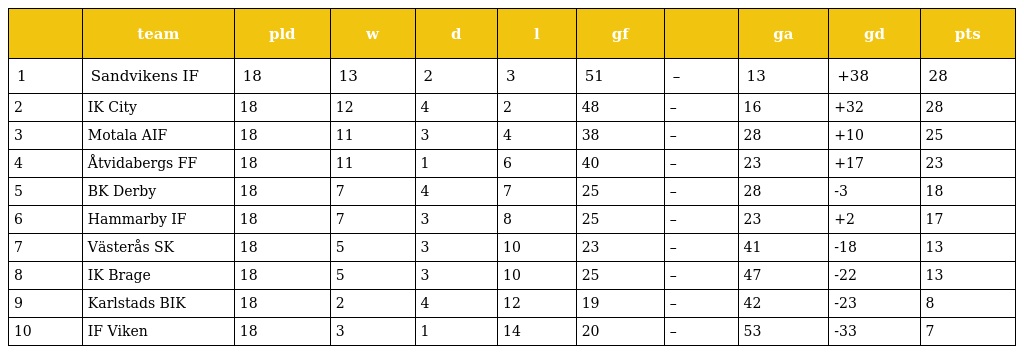
|  | team | pld | w | d | l | gf |  | ga | gd | pts |
 | --- | --- | --- | --- | --- | --- | --- | --- | --- | --- | --- |
 | 1 | Sandvikens IF | 18 | 13 | 2 | 3 | 51 | – | 13 | +38 | 28 |
 | 2 | IK City | 18 | 12 | 4 | 2 | 48 | – | 16 | +32 | 28 |
 | 3 | Motala AIF | 18 | 11 | 3 | 4 | 38 | – | 28 | +10 | 25 |
 | 4 | Åtvidabergs FF | 18 | 11 | 1 | 6 | 40 | – | 23 | +17 | 23 |
 | 5 | BK Derby | 18 | 7 | 4 | 7 | 25 | – | 28 | -3 | 18 |
 | 6 | Hammarby IF | 18 | 7 | 3 | 8 | 25 | – | 23 | +2 | 17 |
 | 7 | Västerås SK | 18 | 5 | 3 | 10 | 23 | – | 41 | -18 | 13 |
 | 8 | IK Brage | 18 | 5 | 3 | 10 | 25 | – | 47 | -22 | 13 |
 | 9 | Karlstads BIK | 18 | 2 | 4 | 12 | 19 | – | 42 | -23 | 8 |
 | 10 | IF Viken | 18 | 3 | 1 | 14 | 20 | – | 53 | -33 | 7 |